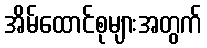
အိမ်ထောင်စုများအတွက်